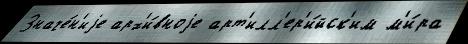
Значе́н'иjе арх'и́вноjе арт'илл'ер'и́йск'им м'и́ра